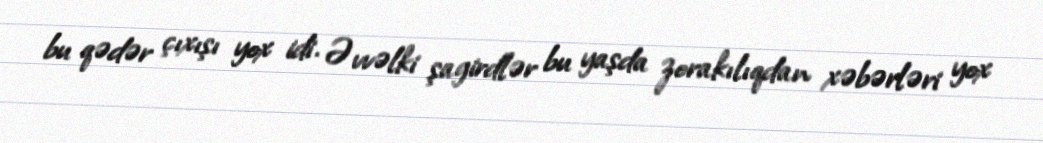
bu qədər çıxışı yox idi. Əvvəlki şagirdlər bu yaşda zorakılıqdan xəbərləri yox